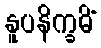
နူပနိက္ခမိံ